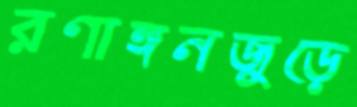
রণাঙ্গনজুড়ে